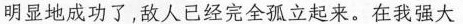
明显地成功了，敌人已完全孤立起来。在我强大